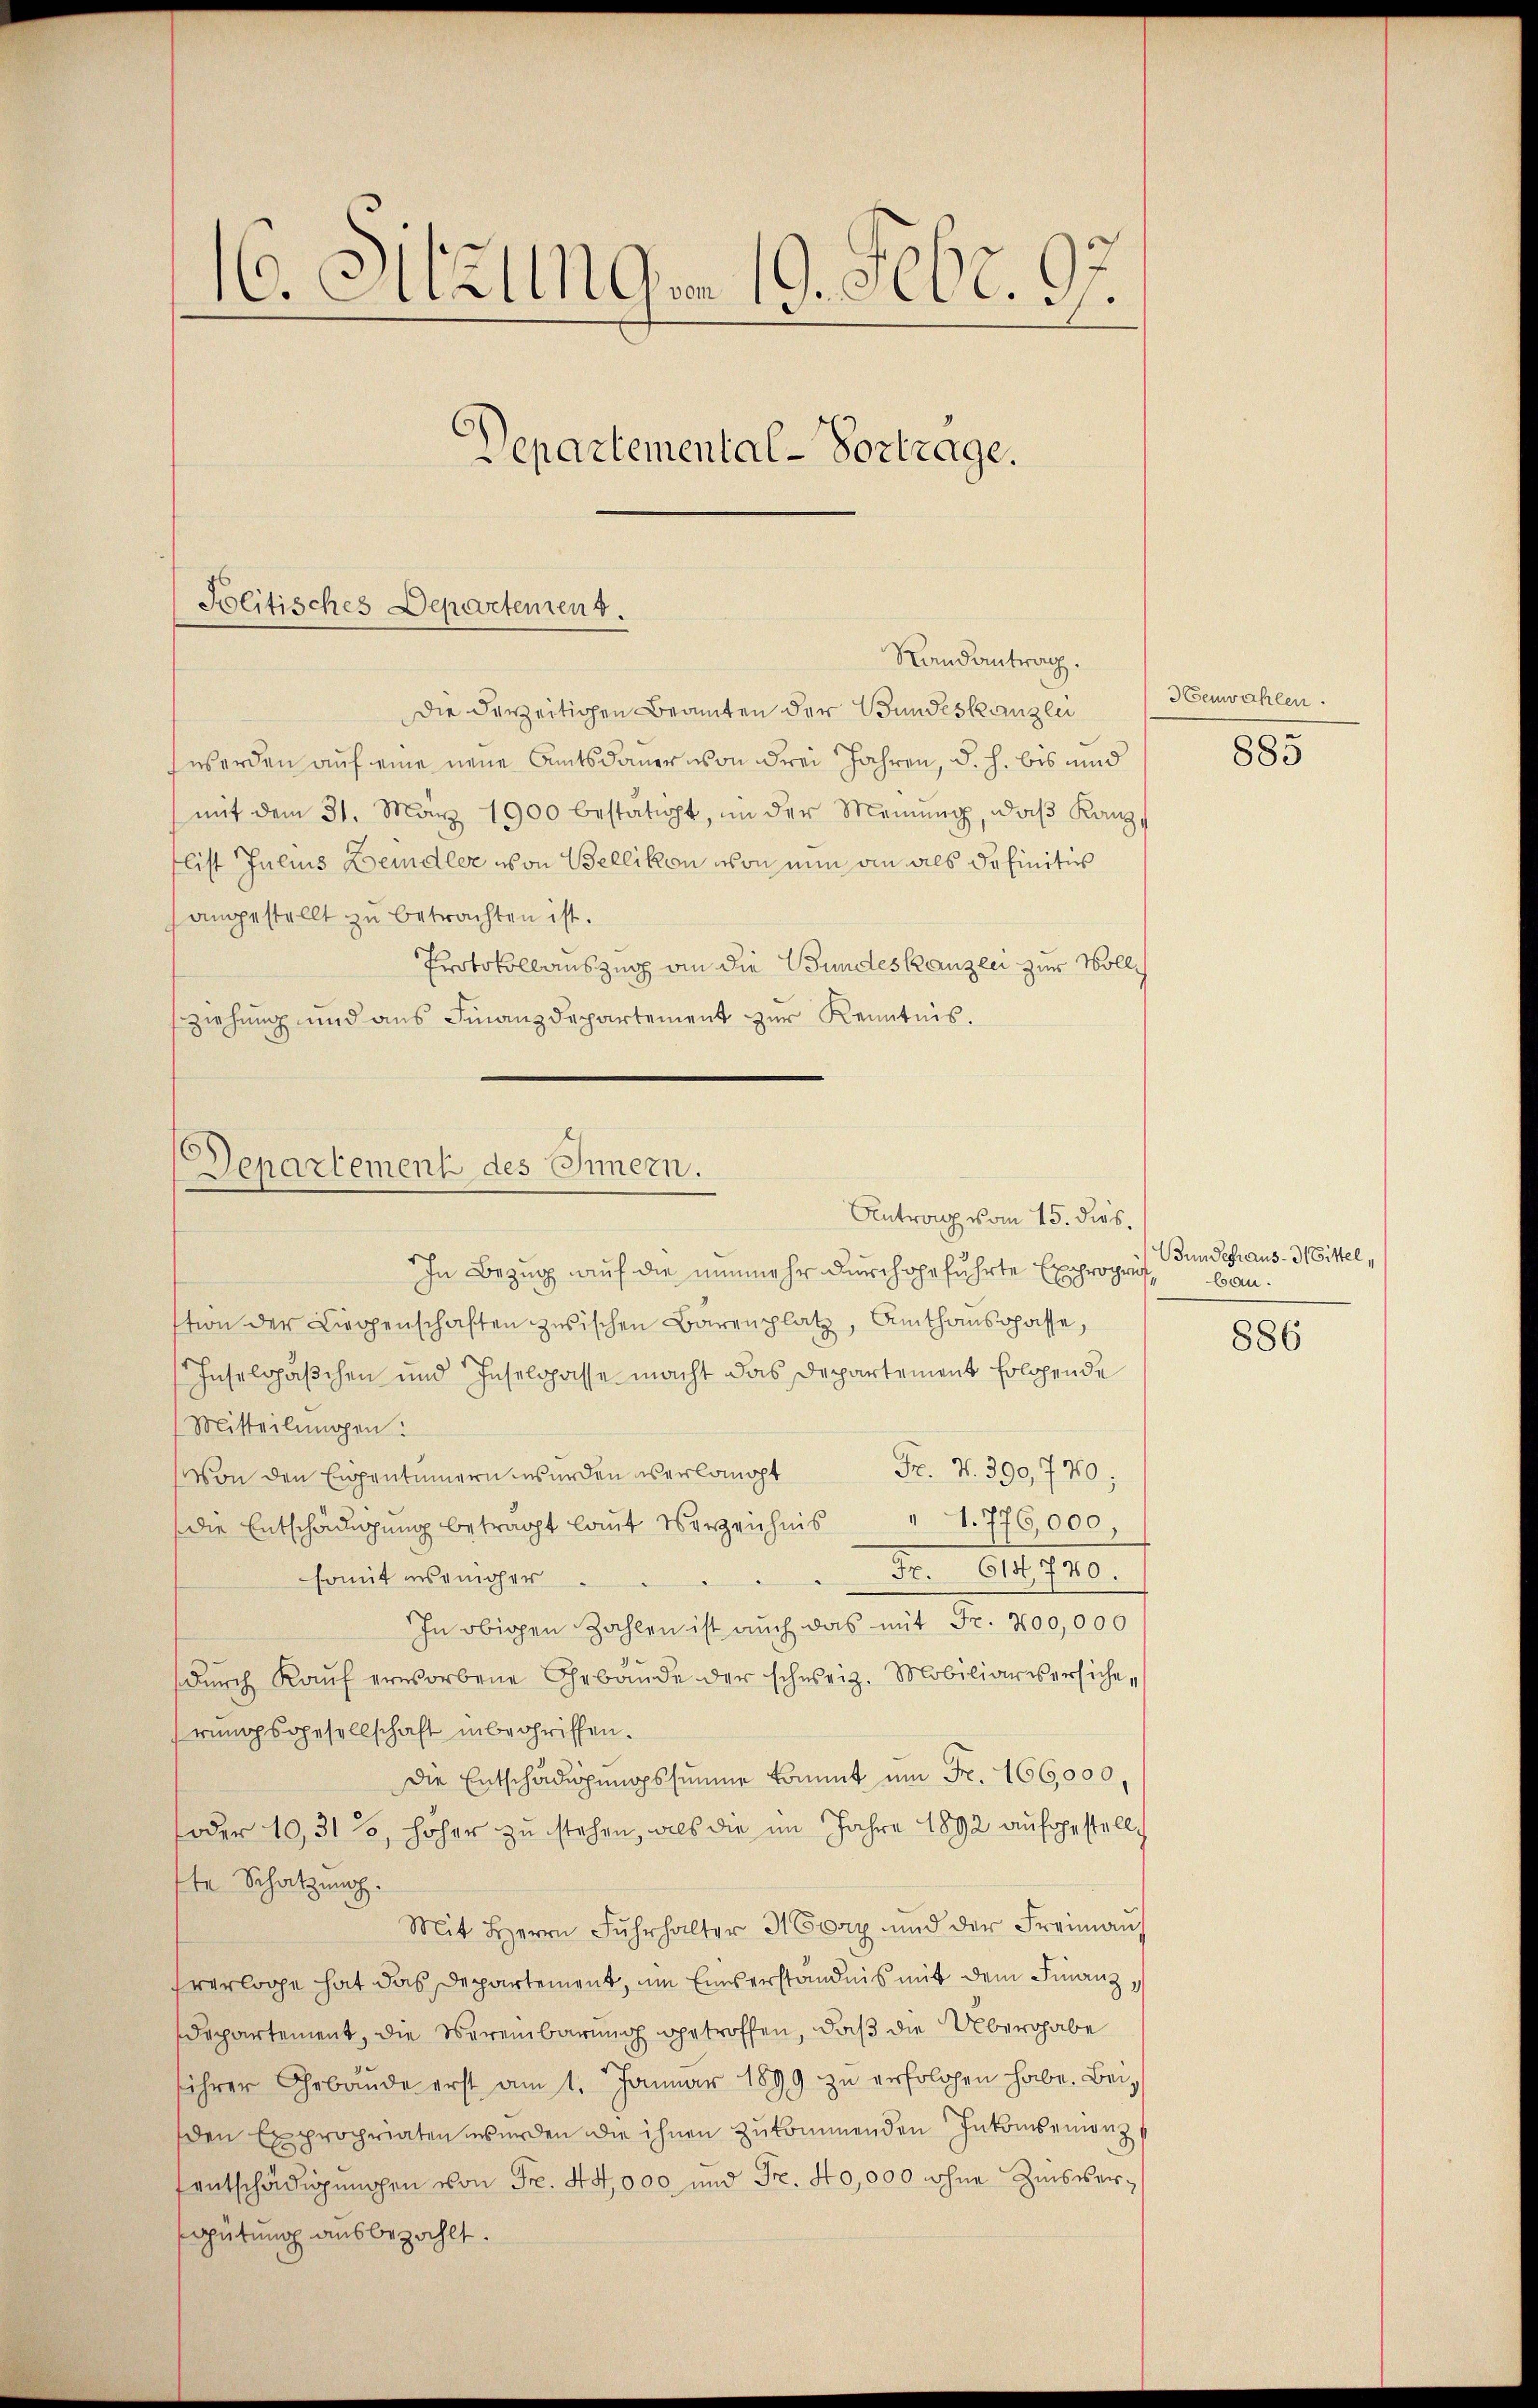
16. Sitzungen 19. Febr. 97.
Departemental-Vortrage.

Politisches Departement.
Randantrag.

die derzeitigen Beamten der Bundeskanzlei
werden auf eine neue Amtsdauer von drei Jahren, d. h. bis und
(mit dem 31. März 1900 bestätigt, in der Meinung, daß Kanz,
list Julius Beindler von Bellikon von nun ain als Definitiv
hangestellt zu betrachten ist.
Protokollauszug an die Bundeskanzlei zur Vollziehung und aus Finanzdepartement zur Kenntnis.

Departement des Innern.
Antrag vom 15. dies

In Bezug auf die nunmehr durchgeführte Exproprif baustion der Liegenschaften zwischen Bärenplatz, Amthansgasse,
Inselgaschen und Inselgasse macht das Departement folgende
Mitteilungen:
Fr. V. 390,770;
Von den Eigentümern wurden verlangt
die Entschädigung beträgt laut Verzeichnis 1. 776,000,
Fr. bis 740.
somit ins einger
In obigen Zahlen ist auch das mit Fr. 200,000
dŭrch Kaŭf erworbene Gebäude der schweiz. Mobiliarversichehrungsgesellschaft inbegriffen.
Die Entschädigungssumme kommt um Fr. 166,000,
oder 10,31%, höher zu stehen, als die im Jahre 1892 aufgestellt
te Schatzung
Mit Herrn Fŭhrhalter H Corp und der Freimau
fverlose hat das Departement, im Einserständnis mit dem Finanz
departement, die Vereinbarung getroffen, daß die Übergabe
ihrer Gebäude erst am 1. Januar 1899 zu erholchen habe. Beiden Expropriaten werden die ihnen zukommenden Inkonsenienz
Fentschädigungen von Fr. 44,000 und Fr. 40,000 ohne Zinsvergütung ausbezahlt.

Henwahlen.

885

Bundehraus - 3. Bittel,

886